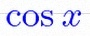
\cos x